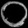
Digit: ၀